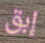
إبق